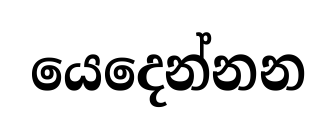
යෙදෙන්නන